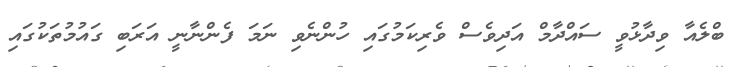
ބްލެއާ ވިދާޅުވީ ސައްދާމް އަދިވެސް ވެރިކަމުގައި ހުންނެވި ނަމަ ފެންނާނީ އަރަބި ގައުމުތަކުގައި